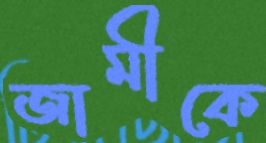
জামীকে